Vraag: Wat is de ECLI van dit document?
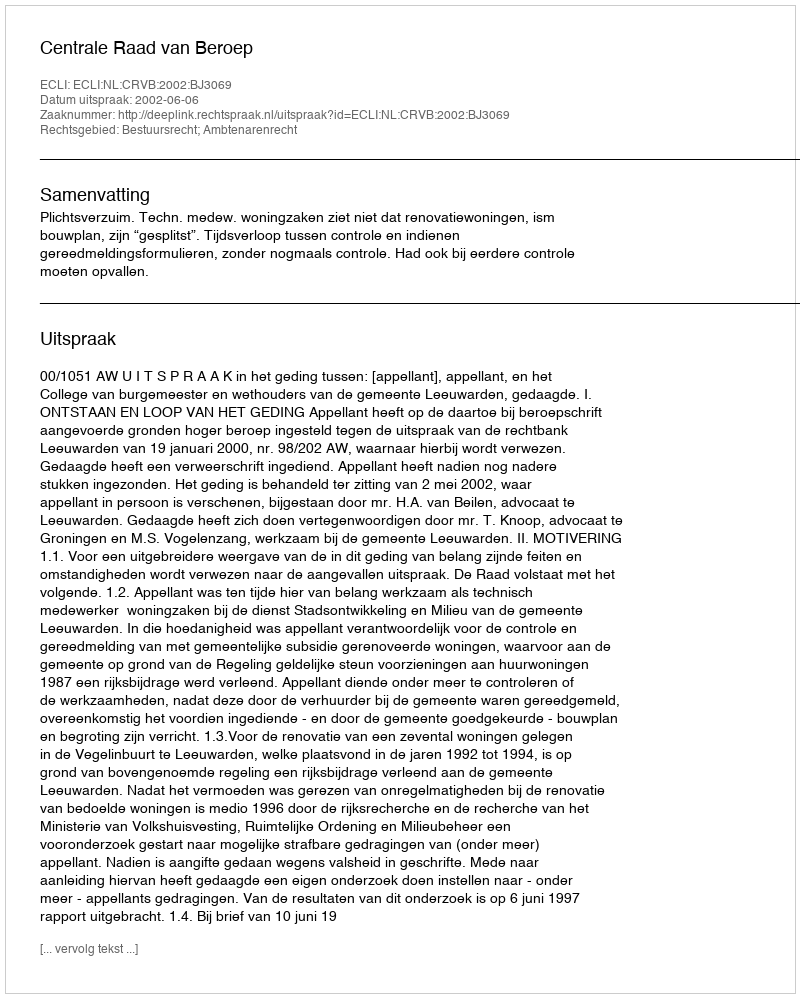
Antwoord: ECLI:NL:CRVB:2002:BJ3069